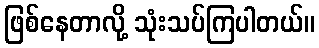
ဖြစ်နေတာလို့ သုံးသပ်ကြပါတယ်။